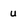
Character: u